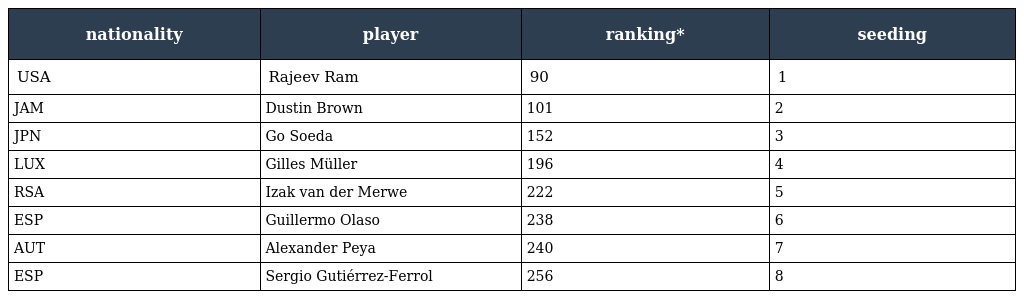
| nationality | player | ranking* | seeding |
 | --- | --- | --- | --- |
 | USA | Rajeev Ram | 90 | 1 |
 | JAM | Dustin Brown | 101 | 2 |
 | JPN | Go Soeda | 152 | 3 |
 | LUX | Gilles Müller | 196 | 4 |
 | RSA | Izak van der Merwe | 222 | 5 |
 | ESP | Guillermo Olaso | 238 | 6 |
 | AUT | Alexander Peya | 240 | 7 |
 | ESP | Sergio Gutiérrez-Ferrol | 256 | 8 |